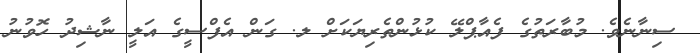
ސިނާނެވެ. މުބާރަތުގެ ފެއާޕްލޭ ކުޅުންތެރިޔަކަށް ލ. ގަން އެފްސީގެ އަލީ ނާޝިދު ހޮވުނު